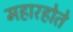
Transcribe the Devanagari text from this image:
महारहोते